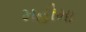
મહીમા